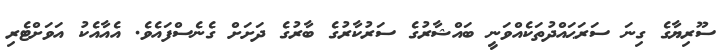
ސޫރިޔާގެ ގިނަ ސަރަޙައްދުތަކެއްވަނީ ބައްޝާރުގެ ސަރުކާރުގެ ބާރުގެ ދަށަށް ގެނެސްފައެވެ. އެއާއެކު އަވަށްޓެރި